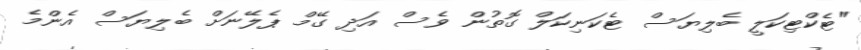
"ޓެކްޓިކަލީ ބެލިޔަސް ޓެކަނިކަލް ގޮތުން ވެސް އަދި ގޭމް ޕެލޭނަށް ބެލިޔަސް އެންމެ